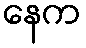
နေက